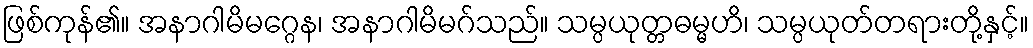
ဖြစ်ကုန်၏။ အနာဂါမိမဂ္ဂေန၊ အနာဂါမိမဂ်သည်။ သမ္ပယုတ္တဓမ္မဟိ၊ သမ္ပယုတ်တရားတို့နှင့်။